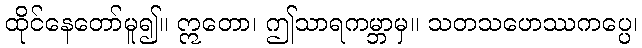
ထိုင်နေတော်မူ၍။ ဣတော၊ ဤသာရကမ္ဘာမှ။ သတသဟေဿကပ္ပေ၊